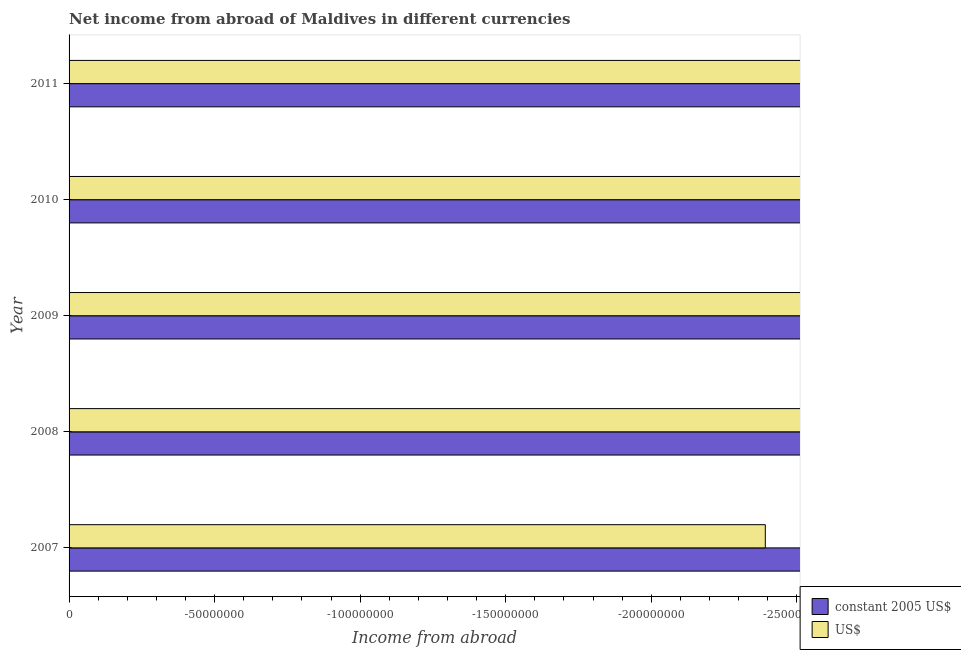
| Year | constant 2005 US$ | US$ |
 | --- | --- | --- |
 | 2007 | -3.06e+09 | -2.39e+08 |
 | 2008 | -3.71e+09 | -2.9e+08 |
 | 2009 | -3.49e+09 | -2.72e+08 |
 | 2010 | -3.98e+09 | -3.11e+08 |
 | 2011 | -4.5e+09 | -3.08e+08 |